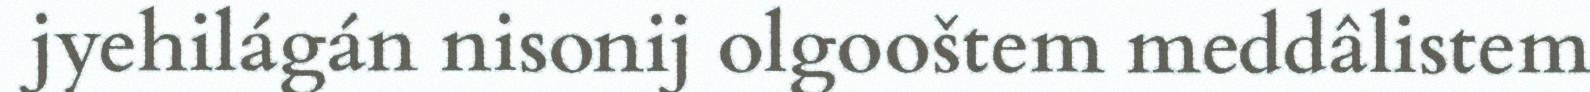
jyehilágán nisonij olgooštem meddâlistem